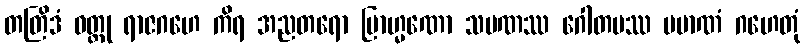
တတြိဒံ ဝတ္ထု ရာဇဂဟေ ကိရ အညတရော ဗြာဟ္မဏော သမဏဿ ဂေါတမဿ ပမာဏံ ဂဟေတုံ